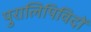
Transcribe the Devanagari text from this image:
पुरालिपिविदों